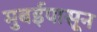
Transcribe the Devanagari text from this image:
मुबईपासून